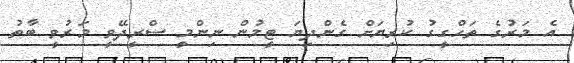
އެ މަރުގެ ތަހްގީގު ކުރިޔަށް ގެންދިޔަ ޓީމުން ނިންމީ ސްރީދޭވީ މަރުވީ ބާތު